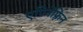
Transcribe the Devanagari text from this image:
एपिनेफ़्रिन